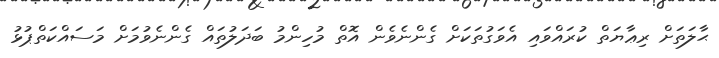
ޙާލަތަށް ރިޢާޔަތް ކުރައްވައި އެވަގުތަކަށް ގެންނެވެން އޮތް މުހިންމު ބަދަލުތައް ގެންނެވުމަށް މަސައްކަތްޕުޅު